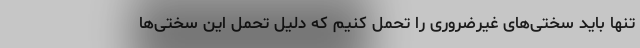
تنها باید سختی‌های غیرضروری را تحمل کنیم که دلیل تحمل این سختی‌ها